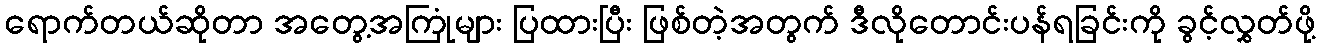
ရောက်တယ်ဆိုတာ အတွေ့အကြုံများ ပြထားပြီး ဖြစ်တဲ့အတွက် ဒီလိုတောင်းပန်ရခြင်းကို ခွင့်လွှတ်ဖို့